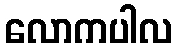
လောကပါလ